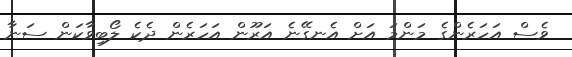
ވެސް އަހަރެންގެ މަންމަ އަށް އެނގޭނެ އަރޫން އަހަރެން ދެކެ ލޯބިވާކަން ސަނާ